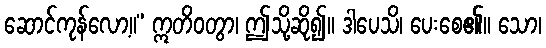
ဆောင်ကုန်လော့။” ဣတိဝတွာ၊ ဤသို့ဆို၍။ ဒါပေသိ၊ ပေးစေ၏။ သော၊